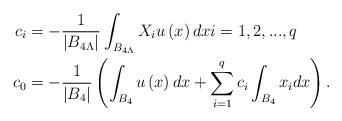
LaTeX: \begin{align*}c_{i} & =-\frac{1}{\left\vert B_{4\Lambda}\right\vert }\int_{B_{4\Lambda}}X_{i}u\left( x\right) dxi=1,2,...,q\\c_{0} & =-\frac{1}{\left\vert B_{4}\right\vert }\left( \int_{B_{4}}u\left(x\right) dx+\sum_{i=1}^{q}c_{i}\int_{B_{4}}x_{i}dx\right) .\end{align*}